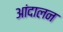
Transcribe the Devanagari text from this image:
आंदालन